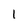
Character: 1